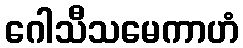
ဂေါသီသမေကာဟံ